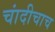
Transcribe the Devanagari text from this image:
चांदीचाच